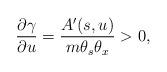
LaTeX: \begin{align*} \frac{\partial \gamma}{\partial u} = \frac{A'(s,u)}{m\theta_s\theta_x} > 0,\end{align*}